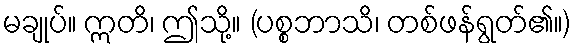
မချုပ်။ ဣတိ၊ ဤသို့။ (ပစ္စဘာသိ၊ တစ်ဖန်ရွတ်၏။)